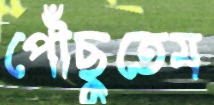
পৌঁছুতেম